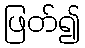
ဖြတ်၍